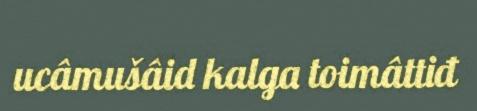
ucâmušâid kalga toimâttiđ